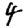
Digit: 4